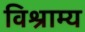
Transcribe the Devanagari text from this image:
विश्राम्य